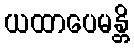
ယထာပေမန္တိ